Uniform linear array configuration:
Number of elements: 64
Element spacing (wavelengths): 1
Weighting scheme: hamming
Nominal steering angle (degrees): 60
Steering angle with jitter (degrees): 60.078
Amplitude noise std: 0.05
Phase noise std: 0.05

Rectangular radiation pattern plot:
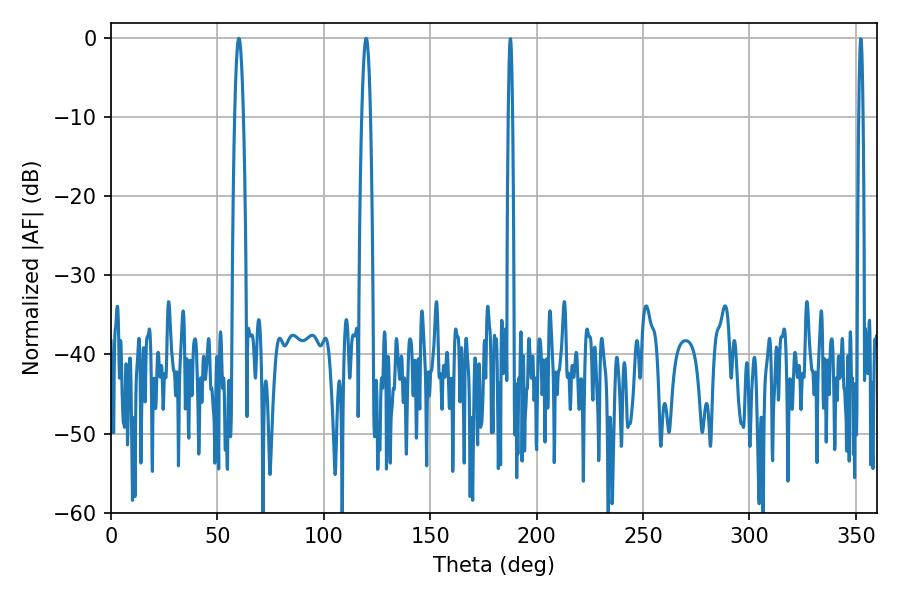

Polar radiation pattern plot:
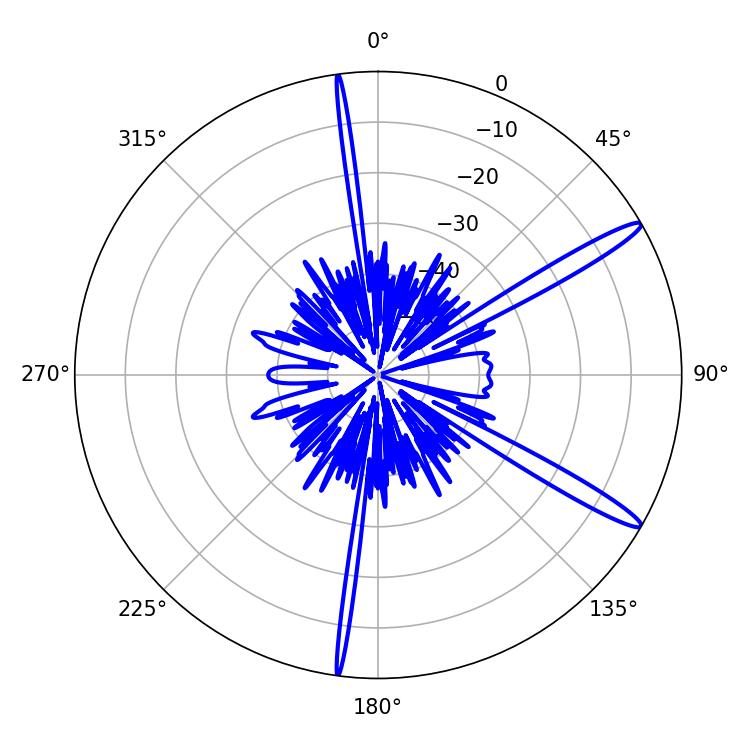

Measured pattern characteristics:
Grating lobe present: TRUE
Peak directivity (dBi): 14.625
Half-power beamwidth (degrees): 2.16
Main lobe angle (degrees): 60.12